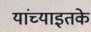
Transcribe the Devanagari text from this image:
यांच्याइतके